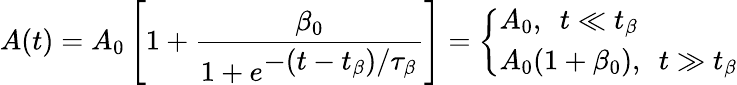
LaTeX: A(t)=A_{0}\left[1+\frac{\beta_{0}}{1+e^{\displaystyle-(t-t_{\beta})/\tau_{\beta}}}\right]=\left\{ \begin{array}{ll}{A_{0},~~t\ll t_{\beta}}\\ {A_{0}(1+\beta_{0}),~~t\gg t_{\beta}}\end{array}\right.